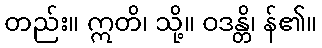
တည်း။ ဣတိ၊ သို့။ ဝဒန္တိ၊ န်၏။